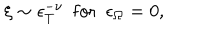
\xi \sim \epsilon _ { T } ^ { - \nu } \ \ \mathrm { f o r } \ \ \epsilon _ { \Omega } = 0 ,